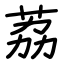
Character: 荔